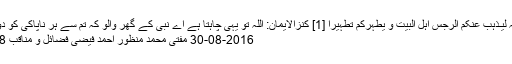
اِنَّمَا یُرِیۡدُ اللہُ لِیُـذْہِبَ عَنۡکُمُ الرِّجْسَ اَہۡلَ الْبَیۡتِ وَ یُطَہِّرَکُمْ تَطْہِیۡرًا [1] کنزالایمان: اللہ تو یہی چاہتا ہے اے نبی کے گھر والو کہ تم سے ہر ناپاکی کو دور فرماد...
2016-08-30 مفتی محمد منظور احمد فیضی فضائل و مناقب 4508 مزید